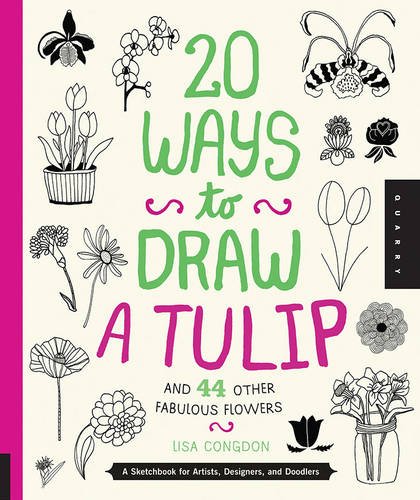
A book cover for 20 Ways to Draw a Tulip and 44 Other Fabulous Flowers: A Sketchbook for Artists, Designers, and Doodlers; Lisa Congdon; Arts & Photography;